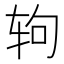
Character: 𰺁